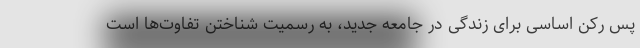
پس رکن اساسی برای زندگی در جامعه جدید، به رسمیت شناختن تفاوت‌ها است